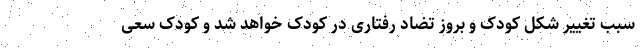
سبب تغییر شکل کودک و بروز تضاد رفتاری در کودک خواهد شد و کودک سعی